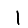
Digit: 1